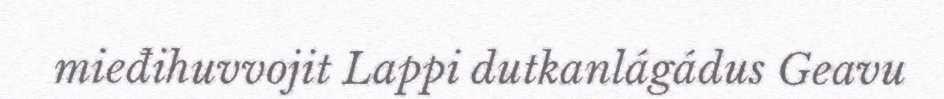
mieđihuvvojit Lappi dutkanlágádus Geavu